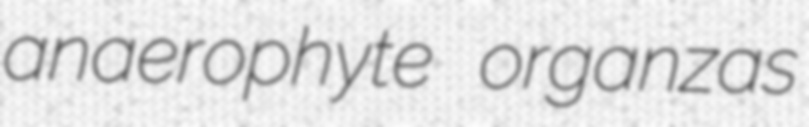
anaerophyte organzas